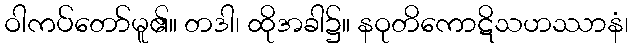
ဝါကပ်တော်မူ၏။ တဒါ၊ ထိုအခါ၌။ နဝုတိကောဋိသဟဿာနံ၊